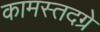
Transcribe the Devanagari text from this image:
कामस्तदग्रे